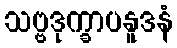
သဗ္ဗဒုက္ခာပနူဒနံ